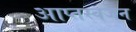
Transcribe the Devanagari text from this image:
आप्तस्वजन